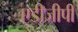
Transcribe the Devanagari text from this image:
एडीजीपी